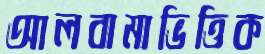
আলবামাভিত্তিক